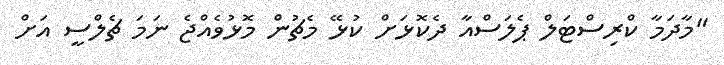
"މާދަމާ ކްރިސްޓަލް ޕެލަސްއާ ދެކޮޅަށް ކުޅޭ މެޗުން މޮޅުވެއްޖެ ނަމަ ޗެލްސީ އަށް